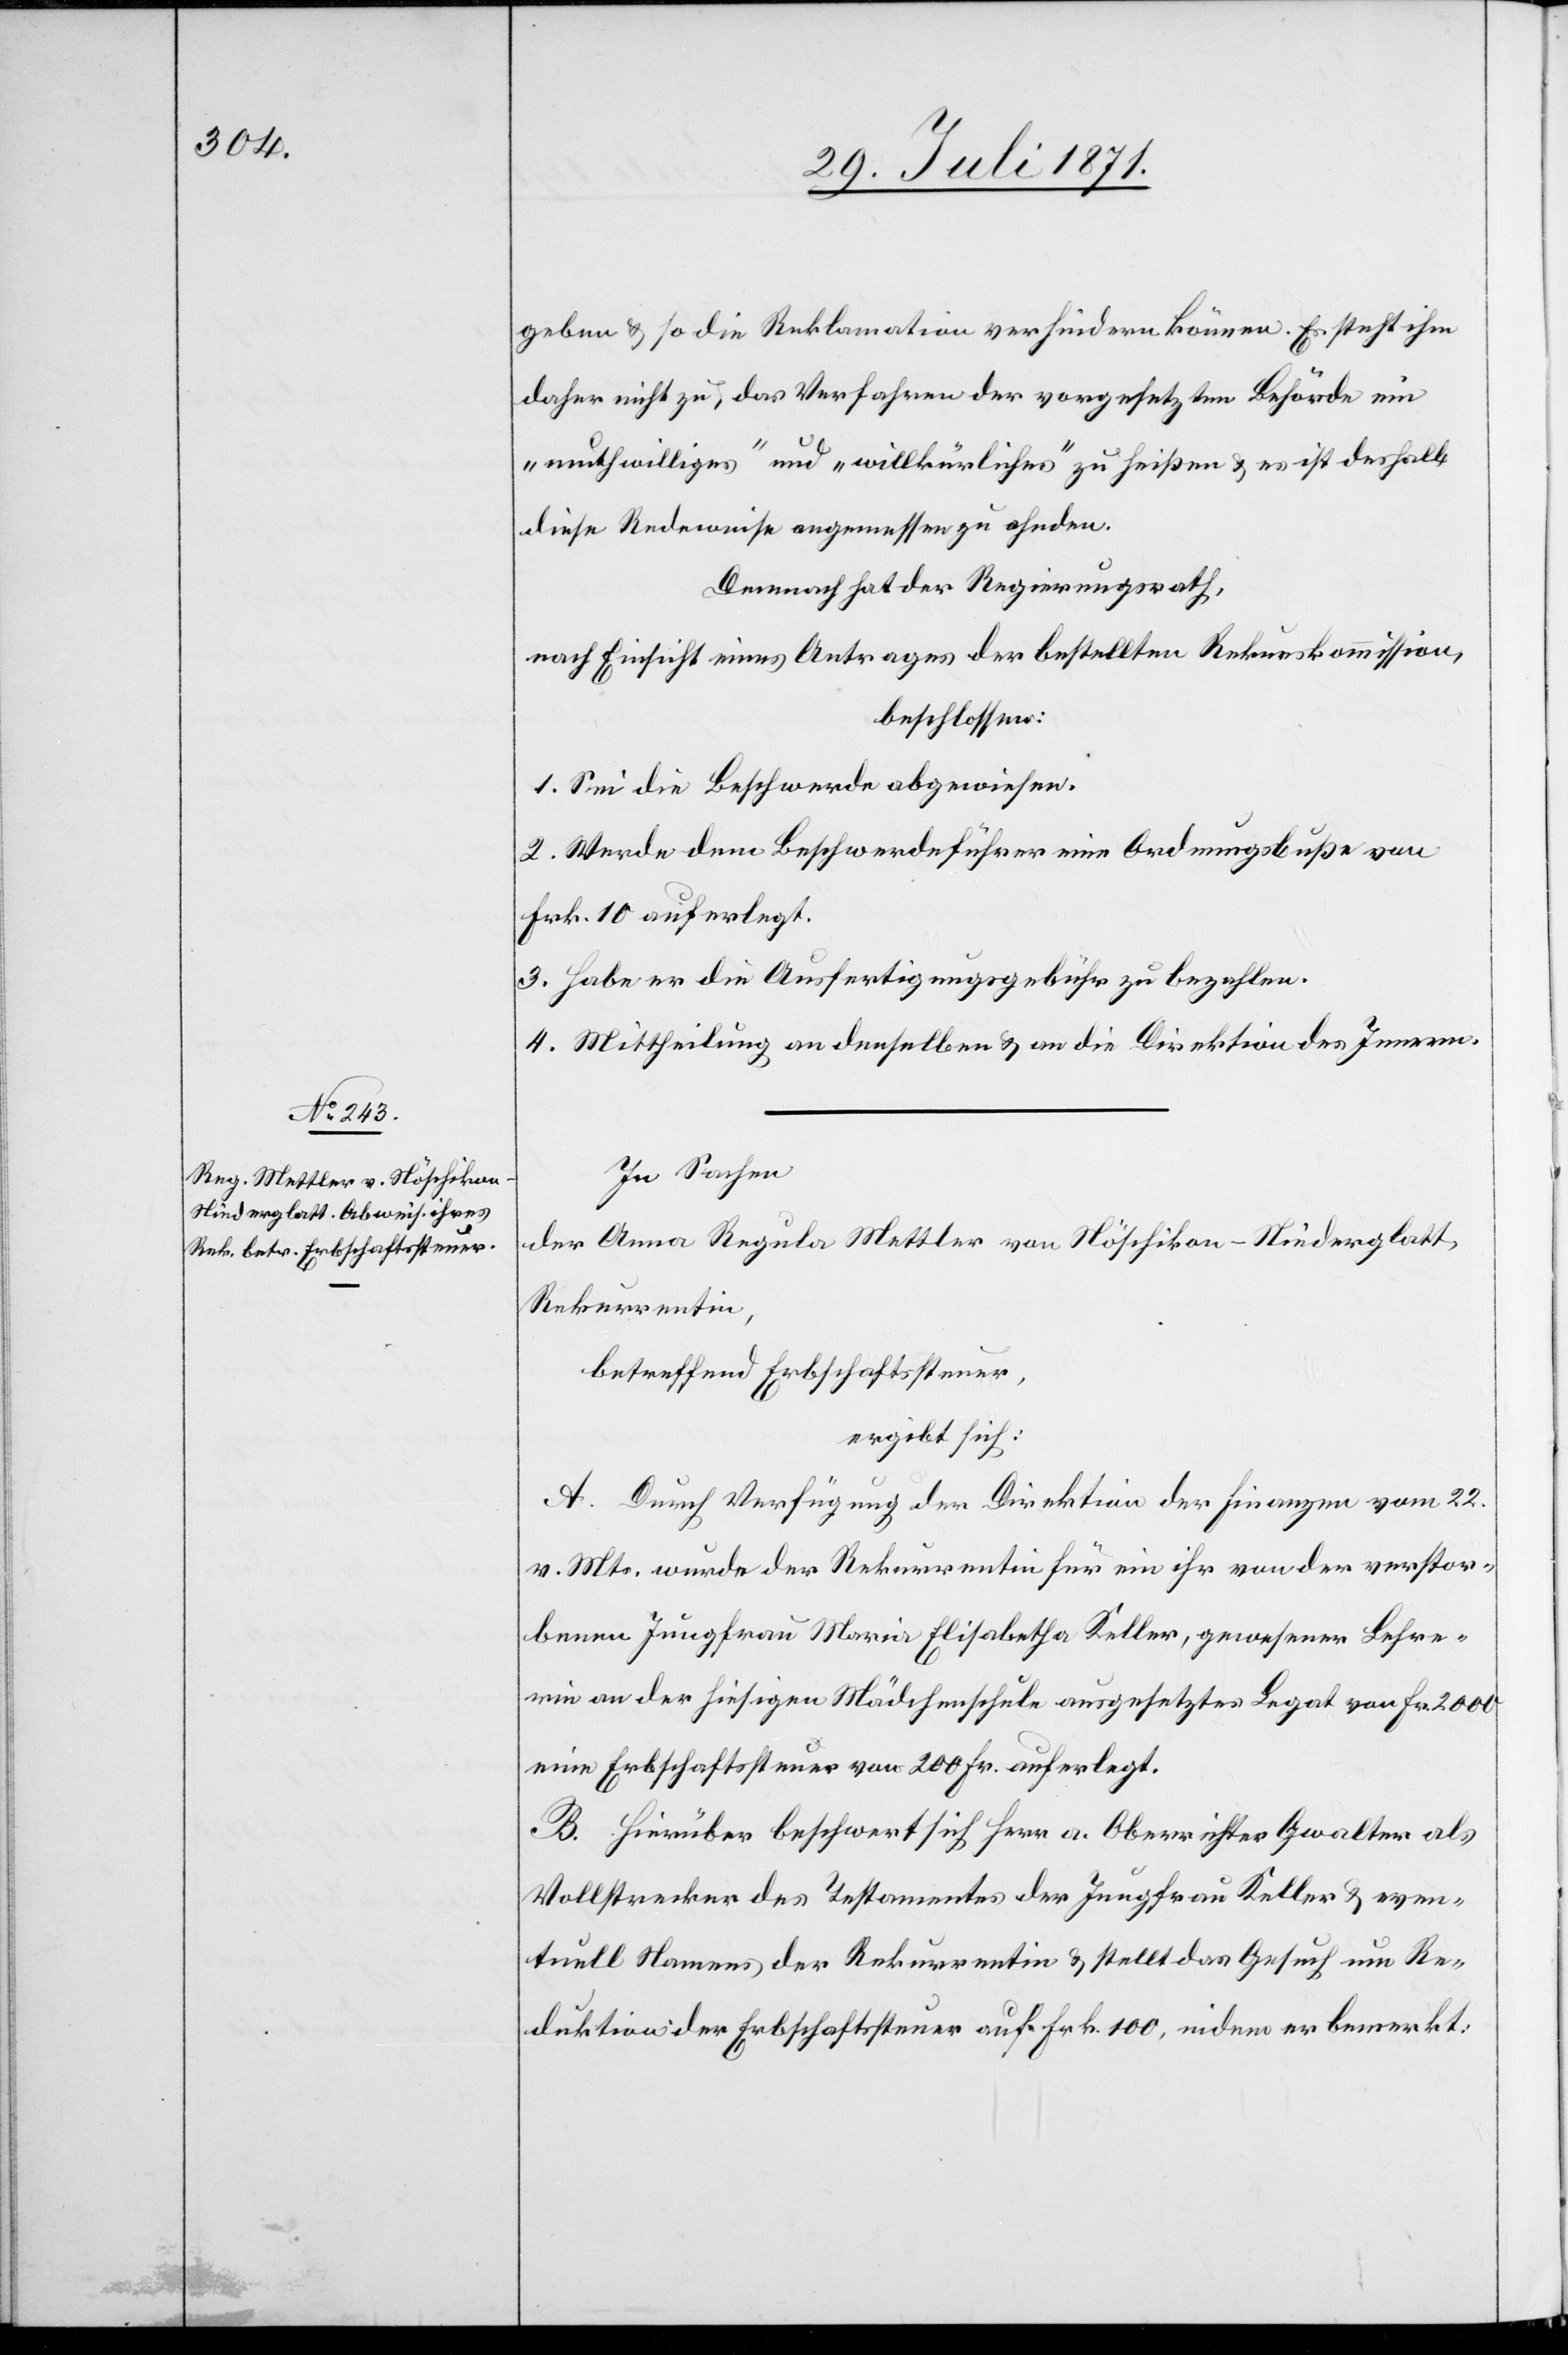
geben u. so die Reklamation verhindern können. Es stehe ihm
daher nicht zu, das Verfahren der vorgesetzten Behörde ein
„muthwilliges“ und „willkürliches“ zu heißen u. es ist deshalb
diese Redeweise angemessen zu ahnden.
Demnach hat der Regierungsrath,
nach Einsicht eines Antrages der bestellten Rekurskommission,
beschlossen:
1. Sei die Beschwerde abgewiesen.
2. Werde dem Beschwerdeführer eine Ordnungsbusse von
Frk. 10 auferlegt.
3. Habe er die Ausfertigungsgebühr zu bezahlen.
4. Mittheilung an denselben u. an die Direktion des Innern.
In Sachen
der Anna Regula Mettler von Nöschlikon-Niederglatt,
Rekurrentin,
betreffend Erbschaftssteuer,
ergibt sich:
A. Durch Verfügung der Direktion der Finanzen vom 22.
v. Mts. wurde der Rekurrentin für ein ihr von der verstor¬
benen Jungfrau Maria Elisabetha Keller, gewesener Lehre¬
rin an der hiesigen Mädchenschule ausgesetztes Legat von Fr. 2000
eine Erbschaftssteuer von 200 Fr. auferlegt.
B. Hierüber beschwert sich Herr a. Oberrichter Gwalter als
Vollstrecker des Testamentes der Jungfrau Keller u. even¬
tuell Namens der Rekurrentin u. stellt das Gesuch um Re¬
duktion der Erbschaftssteuer auf Frk. 100, indem er bemerkt: